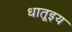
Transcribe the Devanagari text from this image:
धातूइय